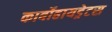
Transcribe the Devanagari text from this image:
कार्बोहायड्रेटस